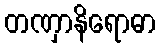
တဏှာနိရောဓာ